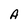
Character: A